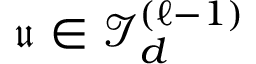
{ \mathfrak { u } } \in { \mathcal { I } } _ { d } ^ { ( \ell - 1 ) }